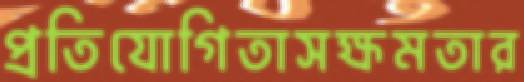
প্রতিযোগিতাসক্ষমতার